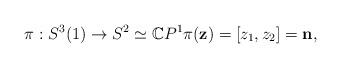
LaTeX: \begin{align*}\pi:S^{3}(1)\rightarrow S^{2}\simeq\mathbb{C}P^{1}\pi(\mathbf{z})=[z_{1},z_{2}]=\mathbf{n,} \end{align*}